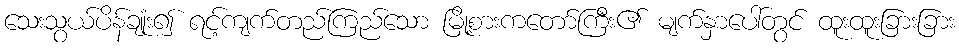
သေးသွယ်ပိန်ချုံး၍ ရင့်ကျက်တည်ကြည်သော မြို့စားကတော်ကြီး၏ မျက်နှာပေါ်တွင် ထူးထူးခြားခြား